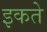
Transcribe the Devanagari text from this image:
इकते